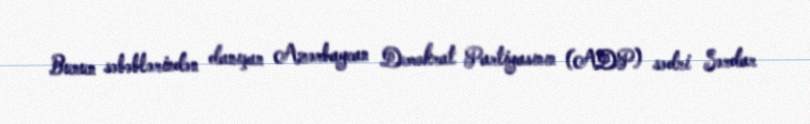
Bunun səbəblərindən danışan Azərbaycan Demokrat Partiyasının (ADP) sədri Sərdar